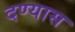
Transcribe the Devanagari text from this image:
दण्यास